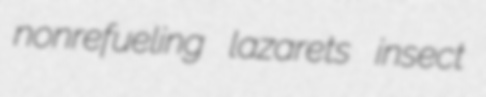
nonrefueling lazarets insect